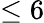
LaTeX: \leq 6